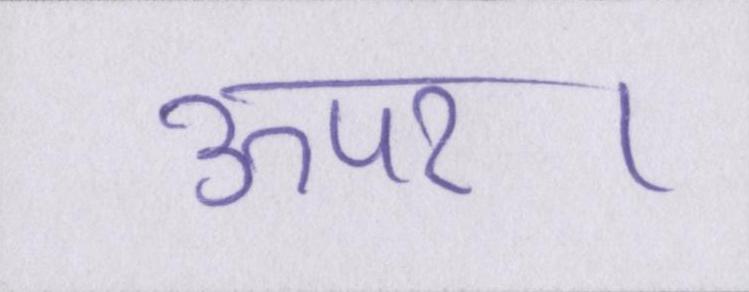
ऊपर।